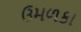
ઉમળકા